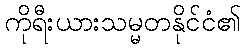
ကိုရီးယားသမ္မတနိုင်ငံ၏